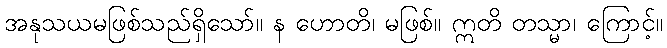
အနုသယမဖြစ်သည်ရှိသော်။ န ဟောတိ၊ မဖြစ်။ ဣတိ တသ္မာ၊ ကြောင့်။